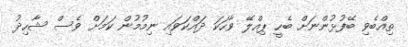
ތިއްބެވި ބޭފުޅުންނަށް ބެހީ ޕިއްލޭ ވާހަކަ ދައްކަވައި ނިމުމުން ކަމަށް ވެސް ޝާހިދު